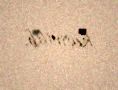
keçirilib.